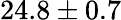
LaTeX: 24.8\pm 0.7